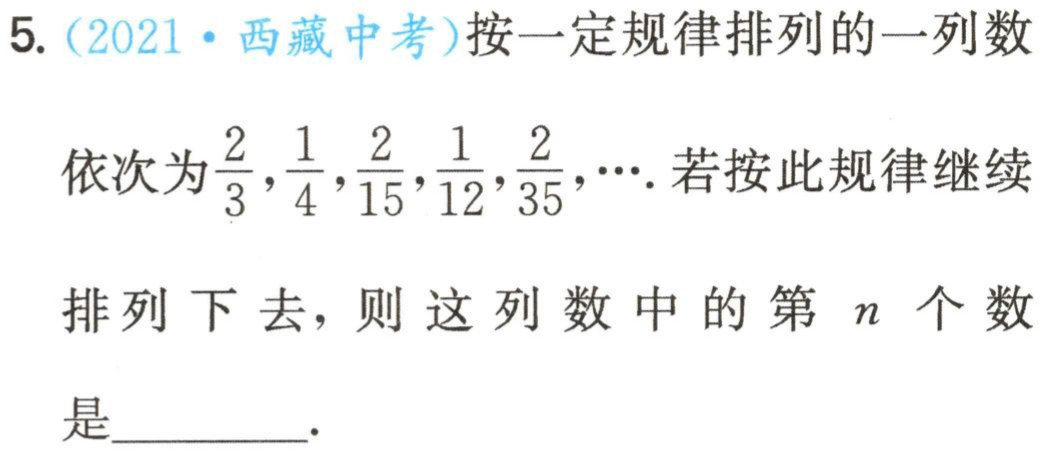
5.（2021·西藏中考）按一定规律排列的一列数依次为$\frac{2}{3},\frac{1}{4},\frac{2}{15},\frac{1}{12},\frac{2}{35},\cdots$. 若按此规律继续排列下去，则这列数中的第$n$个数是________.